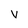
Character: v